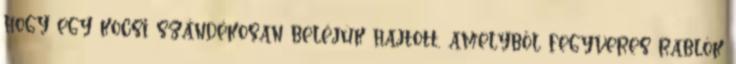
hogy egy kocsi szándékosan beléjük hajtott, amelyből fegyveres rablók